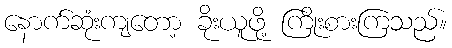
နောက်ဆုံးကျတော့ ခိုးယူဖို့ ကြိုးစားကြသည်။